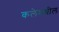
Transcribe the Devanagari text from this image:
कलेमधील